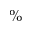
\%